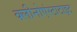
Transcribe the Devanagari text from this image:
क्लीनोएंस्टाटाइट